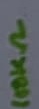
Text: 100KΩ